V__Kingissepa_nim__kolhoos, lk 62
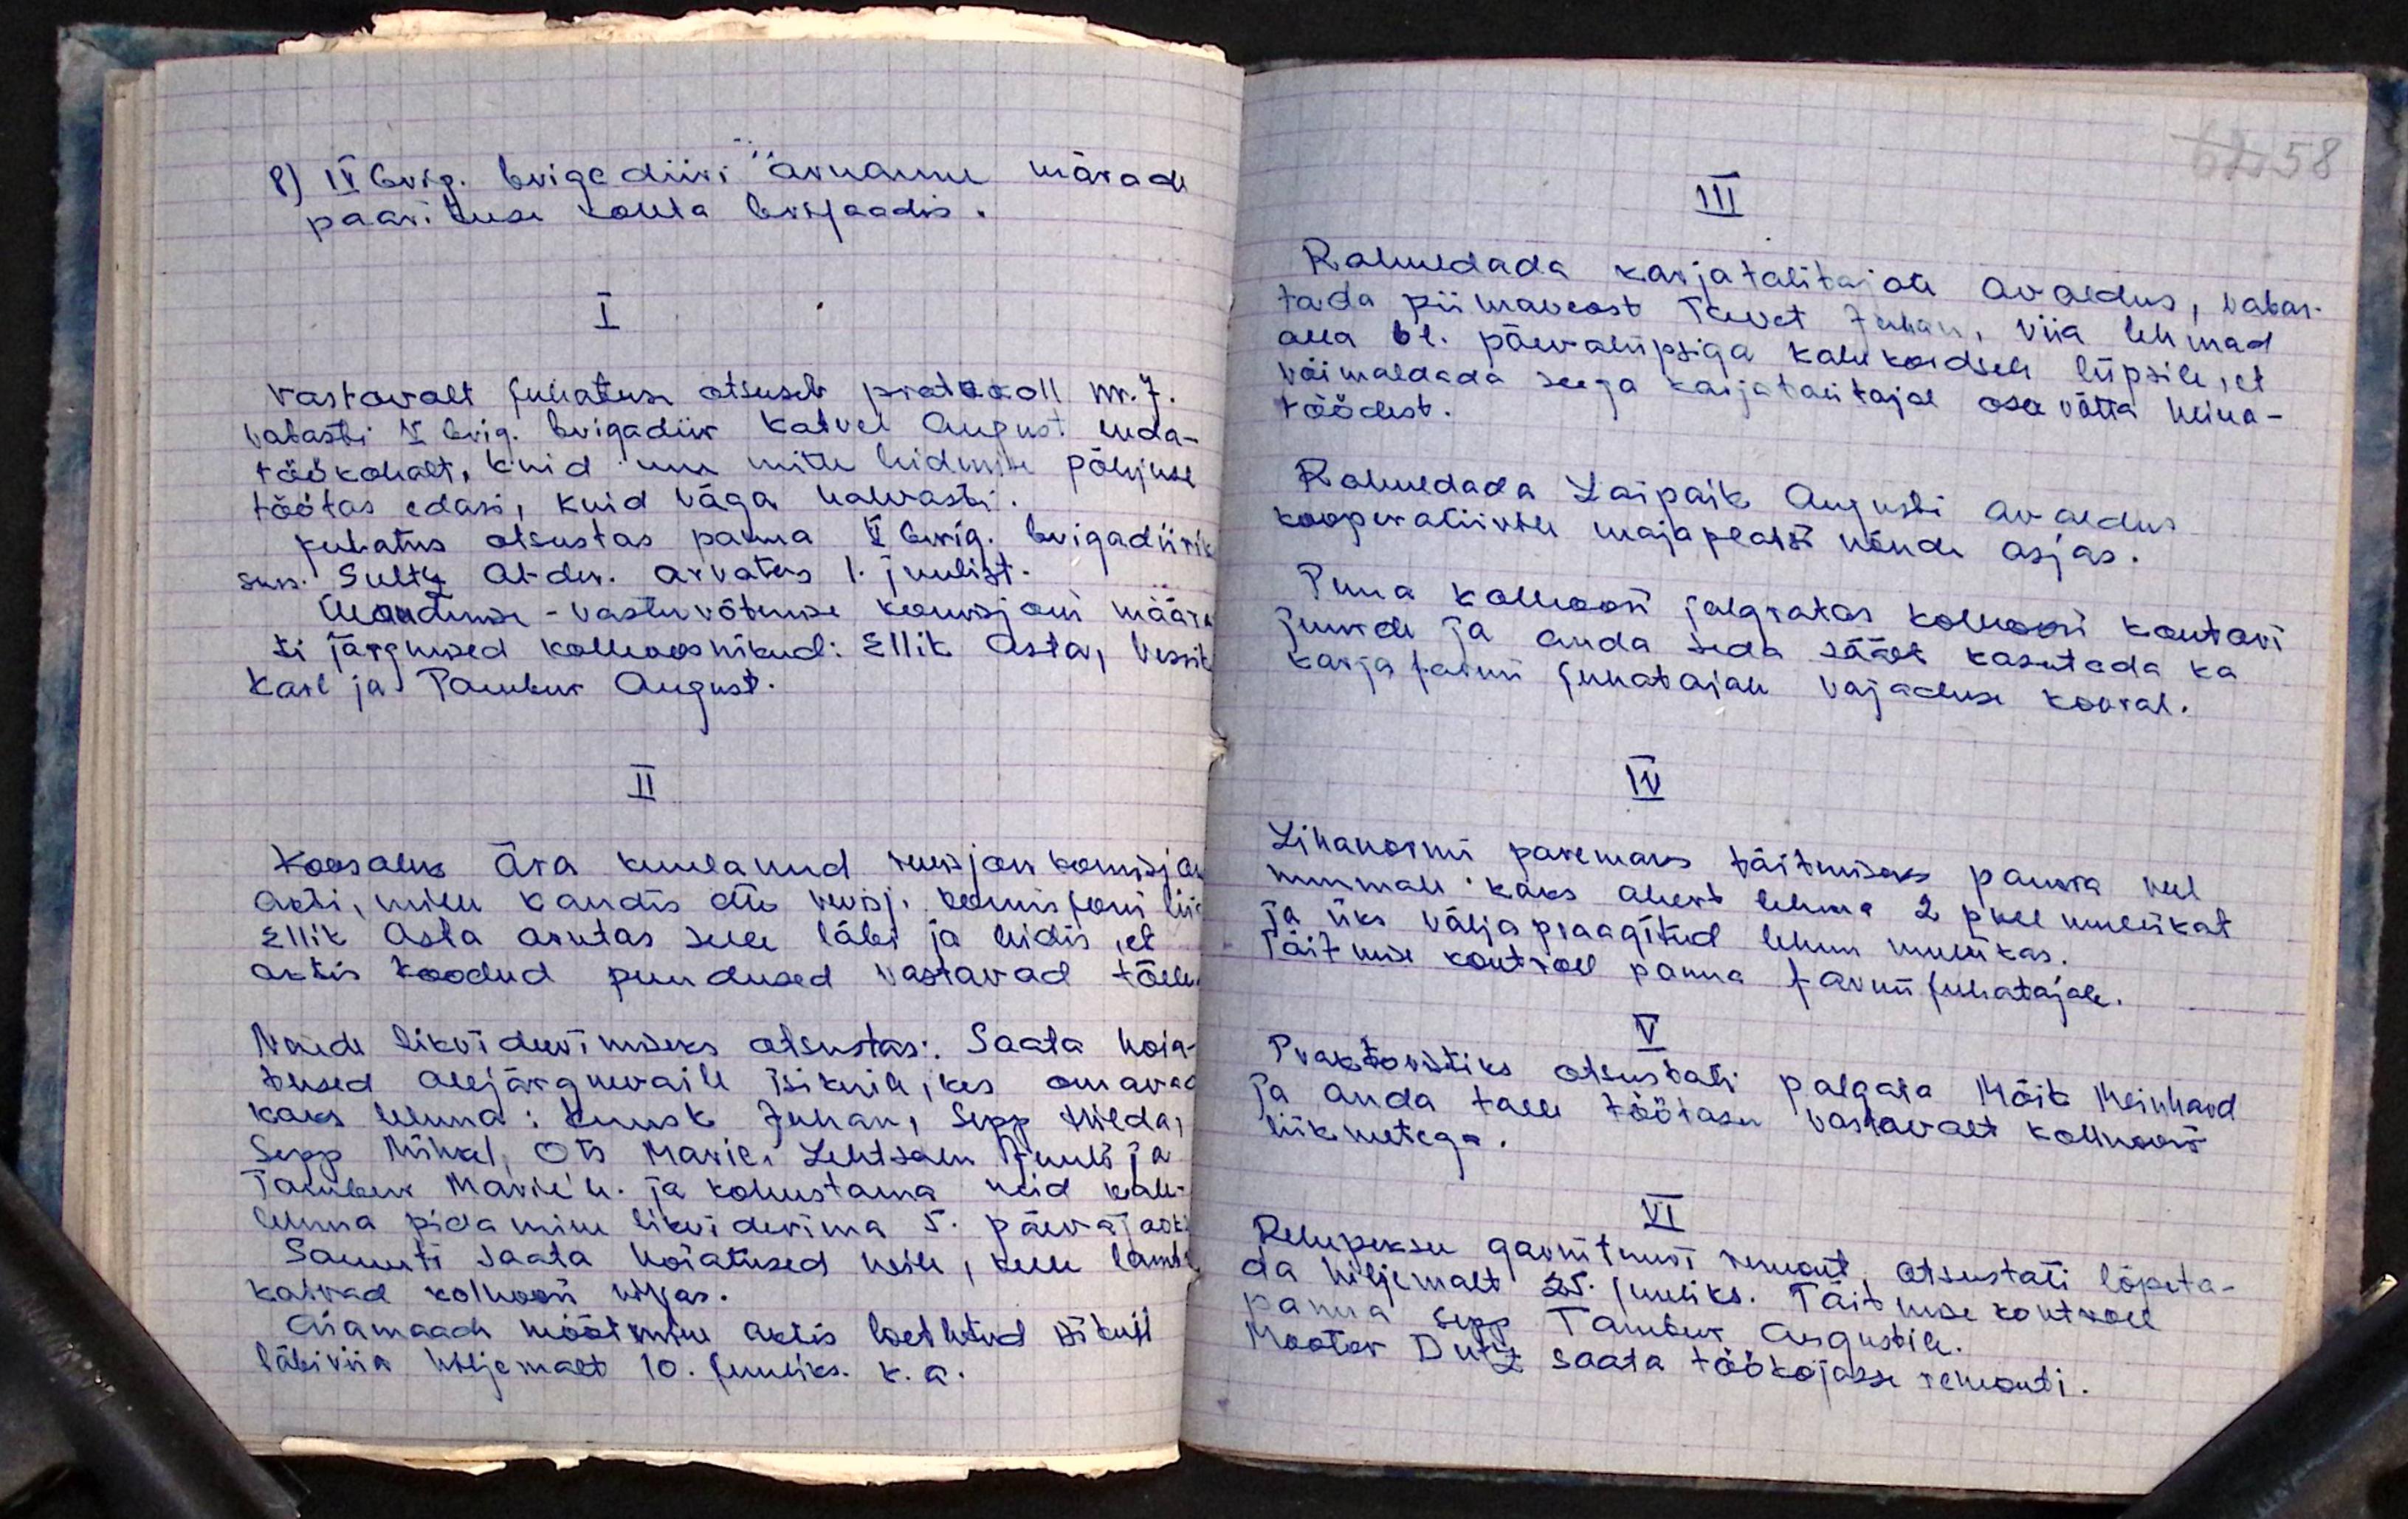
8) IV Brig. brigadiiri aruanne märade
paarituse kohta brigaadis.
I
vastavalt juhatuse otsusele protokoll nr. 7.
vabasti V Brig. brigadiir Katvel August enda-
töökohalt, kuid uue mitte leidumise põhjuse
töötas edasi, kuid väga halvasti.
juhatus otsustas panna V Brig. brigadiiriks
sms. Sultz Al-der. arvates 1. juulist.
Ülandimise - vastuvõtmise komisjoni määra-
ti järgmised kolhoosnikud: Ellit Asta, Vesik
Karl ja Pawbur August.
II
Koosolek ära kuulanud revisjon komisjon
akti, mille kandis ette revisj. komisjoni liig
Ellik Asta arutas selle läbi ja leidis, et
aktis toodud puudused vastavad tõele
Nende likvideerimiseks otsustas: Saata hoia-
tused alljärgnevaile isikuile, kes omavad
kaks lehma: Kuusk Juhan, Sepp Hilda;
Sepp Mihkel, Ots Marie, Lehtsalu Juuli ja
Tambur Marie'le. ja kohustama neid kale-
linna pidamine likviderima 5. päeva jast
Samuti saata hoiatused neile, kelle lambad,
kaivad kolhoosi viljas.
Aiamaade mõõtmine aktis loetletud võidust
läbi viia hiljemalt 10. juuliks. k.a.

62 58
III
Rahuldada karjatalitajate avaldus, vabas-
tada piimaveost Tavet Juhan, viia lehmad
alla 61. päevalüpsiga kahekordsele lüpsile, et
võimaldada seega karjatalitajal osavõtta heina-
töödest.
Rahuldada Laipaik Augusti avaldus
kooperatiivile majaplatsi nõude asjas.
Tuua kalhoosi jalgratas kolhoosi kontori
juurde ja anda seda säält kasutada ka
karja farmi juhatajale vajaduse korral.
IV
Lihanormi paremaks täitmiseks pauna veel
nuumale kaks ahert lehma 2 pull mullikat
ja üks välja praagitud lehm mullikas.
Täitmise kontroll panna farmi juhatajale.
V.
Traktoristiks otsustati palgata Märt Meinhard
ja anda talle töötasu vastavalt kolhoosi
liikmetega.
VI
Rehepeksu garnituuri remont otsustati lõpeta-
da hiljemalt 25. juuliks. Täitmise kontroll
panna" sepp Tambur Augustile.
Mootor Dutz saata töökojasse remonti.